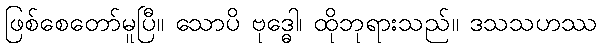
ဖြစ်စေတော်မူပြီ။ သောပိ ဗုဒ္ဓေါ၊ ထိုဘုရားသည်။ ဒသသဟဿ